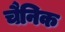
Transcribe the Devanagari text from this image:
चैनिक